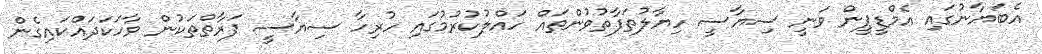
އެބަޔާނުގައި އެމްޑީޕީން ވަނީ ސިޔާސީ ހިޔާލުތަފާތުވުންތައް ހައްލުކުރުމުގައި ހުރިހާ ސިޔާސީ ފަރާތްތަކުން ވާހަކަދައްކައިގެން